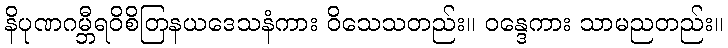
နိပုဏဂမ္ဘီရဝိစိတြနယဒေသနံကား ဝိသေသတည်း။ ဝန္ဒေကား သာမညတည်း။